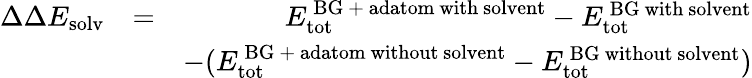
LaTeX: \begin{array}{rlr}{\Delta\Delta E_{\mathrm{solv}}}&{=}&{E_{\mathrm{tot}}^{\mathrm{\, BG\ +\ adatom\ with\ solvent}}-E_{\mathrm{tot}}^{\mathrm{\, BG\ with\ solvent}}}\\ &{}&{-(E_{\mathrm{tot}}^{\mathrm{\, BG\ +\ adatom\ without\ solvent}}-E_{\mathrm{tot}}^{\mathrm{\, BG\ without\ solvent}})}\end{array}